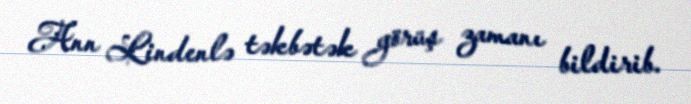
Ann Lindenlə təkbətək görüş zamanı bildirib.